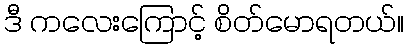
ဒီ ကလေးကြောင့် စိတ်မောရတယ်။